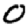
Digit: 0